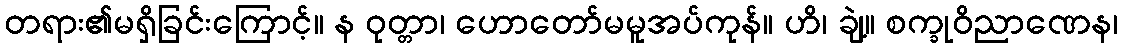
တရား၏မရှိခြင်းကြောင့်။ န ဝုတ္တာ၊ ဟောတော်မမူအပ်ကုန်။ ဟိ၊ ချဲ့။ စက္ခုဝိညာဏေန၊